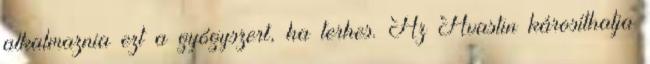
alkalmaznia ezt a gyógyszert, ha terhes. Az Avastin károsíthatja